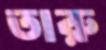
তারু